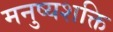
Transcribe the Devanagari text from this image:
मनुष्यशक्ति